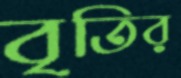
বৃতির